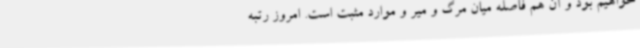
خواهیم بود و آن هم فاصله میان مرگ و میر و موارد مثبت است. امروز رتبه